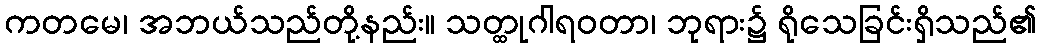
ကတမေ၊ အဘယ်သည်တို့နည်း။ သတ္ထုဂါရဝတာ၊ ဘုရား၌ ရိုသေခြင်းရှိသည်၏